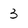
Character: 3